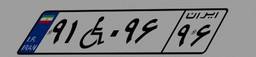
۸۹W۰۷۴۰۷